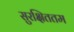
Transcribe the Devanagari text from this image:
सुरक्षिततम